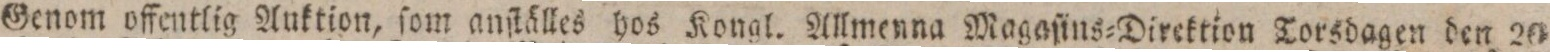
Genom offentlig Auktion, ſom anſtälles hos Kongl. Allmenna Magaſins=Direktion Torsdagen den 20